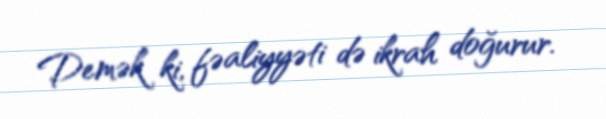
Demək ki, fəaliyyəti də ikrah doğurur.